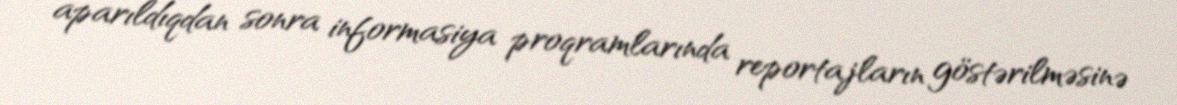
aparıldıqdan sonra informasiya proqramlarında reportajların göstərilməsinə